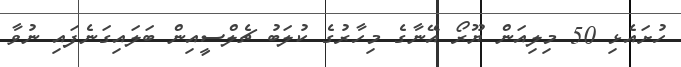
ހުށައެޅި 50 މިލިއަން ޔޫރޯ އޭނާގެ މިހާރުގެ ކުލަބު ޗެލްސީއިން ބަލައިގަނެފައި ނުވާ